Tezpur Lunatic Asylum reports 1877-1894 - 1877-1894
Year: 1877
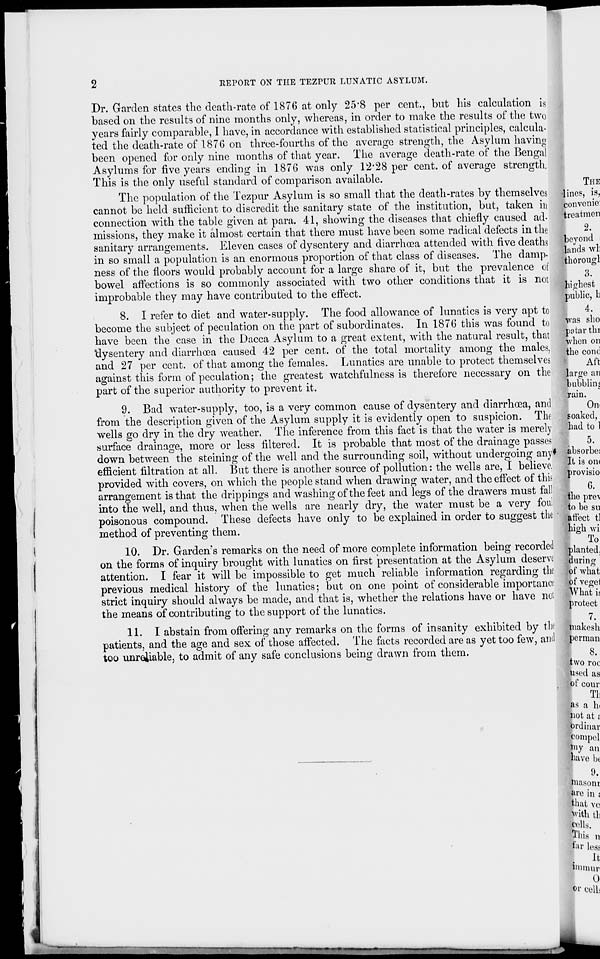
REPORT ON THE TEZrUR LUNATIC ASYLUM.
Dr. Garden states the death-rate of 1876 at only 25"8 per cent., but his calculation is
based on the results of nine months only, whereas, in order to make the results of the two
years fairly comparable, 1 have, in accordance with established statistical principles, calcula-
ted the death-rate of 1876 on three-fourths of the average strength, the Asylum havim?
been opened for only nine months of that year. The average death-rate of the Bengal
Asylums for five years ending in 1876 was only 12*28 per cent, of average strength.
This is the only useful standard of comparison available.
The population of the Tezpur Asylum is so small that the death-rates by themselves
cannot be held sufficient to discredit the sanitary state of the institution, but, taken in
connection with the table given at para. 41, showing the diseases that chiefly caused ad-
missions, they make it almost certain that there must have been some radical defects in the
sanitary arrangements. Eleven cases of dysentery and diarrhoea attended with five deaths
in so small a population is an enormous proportion of that class of diseases. The damp-
ness of the floors would probably account for a large share of it, but the prevalence of
bowel affections is so commonly associated with two other conditions that it is not
improbable they may have contributed to the effect.
8. I refer to diet and water-supply. The food allowance of lunatics is very apt to
become the subject of peculation on the part of subordinates. In 1876 this was found to
have been the case in the Dacca Asylum to a great extent, with the natural result, that
dysentery and diarrhoea caused 42 per cent, of the total mortality among the males,
and 27 per cent, of that among the females. Lunatics are unable to protect themselves
against this form of peculation; the greatest watchfulness is therefore necessary on the
part of the superior authority to prevent it.
9. Bad water-supply, too, is a very common cause of dysentery and diarrhoea, and
from the description given of the Asylum supply it is evidently open to suspicion. The
wells go dry in the dry weather. The inference from this fact is that the water is merely
surface drainage, more or less filtered. It is probable that most of the drainage passes
down between the steining of the well and the surrounding soil, without undergoing any*
efficient filtration at all. But there is another source of pollution: the wells are, I believe,
provided with covers, on which the people stand when drawing water, and the effect of this
arrangement is that the drippings and washing of the feet and legs of the drawers must fall
into the well, and thus, when the wells are nearly dry, the water must be a very foul
poisonous compound. These defects have only to be explained in order to suggest the
method of preventing them.
10. Dr. Garden's remarks on the need of more complete information being recorded
on the forms of inquiry brought with lunatics on first presentation at the Asylum deserve
attention. I fear it will be impossible to get much reliable information regarding the
previous medical history of the lunatics; but on one point of considerable importance
strict inquiry should always be made, and that is, whether the relations have or have not
the means of contributing to the support of the lunatics.
11. I abstain from offering any remarks on the forms of insanity exhibited by the
patients, and the age and sex of those affected. The facts recorded are as yet too few, and
too unreliable, to admit of any safe conclusions being drawn from them.
•lines,
per man
iwo roc
used as
of com-
111
as a In
not at;
ordinal-
fconipcl
my an
have bi